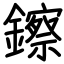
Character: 鑔